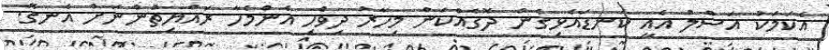
އެކަމަކު އަސްލު އެއީ ކަނޑައެޅިގެން ދޮގެއްކަން މިހާރު ދިވެހި އެންމެހާ ރައްޔިތުންނަށް އެނގޭ.